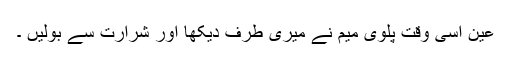
عین اسی وقت پلوی میم نے میری طرف دیکھا اور شرارت سے بولیں ۔